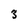
Character: 3